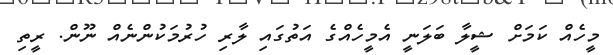
މީހެއް ކަމަށް ޝީލާ ބަލަނީ އެމީހެއްގެ އަތުގައި ލާރި ހުރުމަކުންނެއް ނޫން. ރީތި